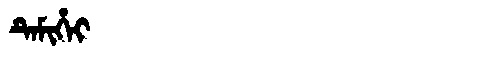
Manchu: ᡨᡝᠮᡳᡥᡝᡳ
Romanization: TEMIHEI